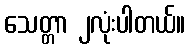
သေတ္တာ ၂လုံးပါတယ်။